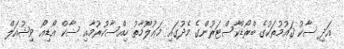
އަދި ސާކު ޤައުމުތަކުގެ ބްރޯޑްކާސްޓަރުންގެ މެދުގައި މަޢުލޫމާތު ހިއްސާކުރުމާއި ސާކް އޯޑިއޯ ވިޝުއަލް